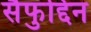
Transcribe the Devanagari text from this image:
सैफुद्दिन